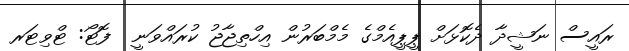
ރައީސް ނަޝީދާ ދެކޮޅަށް ޕީޕީއެމްގެ މެމްބަރުން އިހްތިޖާޖު ކުރައްވަނީ  ފޮޓޯ: ޓްވިޓަރ